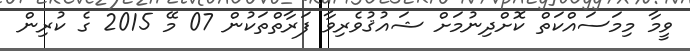
ވީމާ މިމަސައްކަތް ކޮށްދިނުމަށް ޝައުޤުވެރިވާ ފަރާތްތަކުން 07 މޭ 2015 ގެ ކުރިން